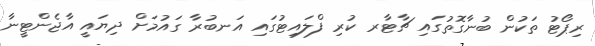
ރިޕޯޓު ތަކުން ބުނާގޮތުގައި ޗާޓާރ ކުރި ފްލައިޓުގައި އަނބުރާ ގައުމަށް ދިޔައީ އާޖެންޓީނާ